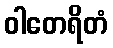
ဝါတေရိတံ